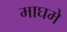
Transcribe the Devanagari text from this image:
माघमे